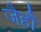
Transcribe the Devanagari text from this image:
जैहौं